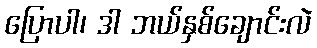
ပြောပါ၊ ဒါ ဘယ်နှစ်ချောင်းလဲ